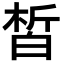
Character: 皙